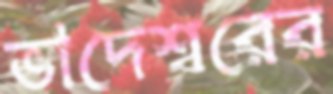
ভাদেশ্বরের